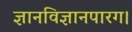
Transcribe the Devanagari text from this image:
ज्ञानविज्ञानपारग।